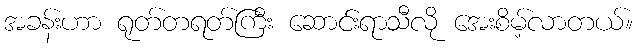
အခန်းဟာ ရုတ်တရတ်ကြီး ဆောင်းရာသီလို အေးစိမ့်လာတယ်။